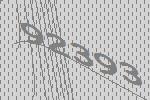
92393